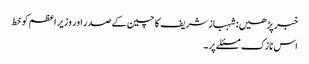
خبر پڑھیں:شہباز شریف کا چین کے صدر اور وزیر اعظم کو خط
اس نازک مسئلے پر ۔